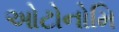
ઓટોનોમિ